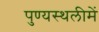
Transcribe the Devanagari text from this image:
पुण्‍यस्‍थलीमें